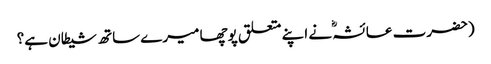
(حضرت عائشہؓ نے اپنے متعلق پوچھا میرے ساتھ شیطان ہے؟